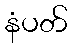
နံပတ်